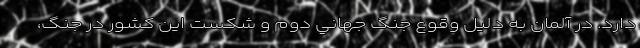
دارد. در آلمان به دليل وقوع جنگ جهاني دوم و شكست اين كشور در جنگ،